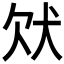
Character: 𤝀